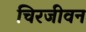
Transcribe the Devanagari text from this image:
चिरजीवन